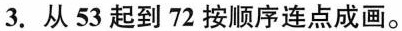
3.从53起到72按顺序连点成画。